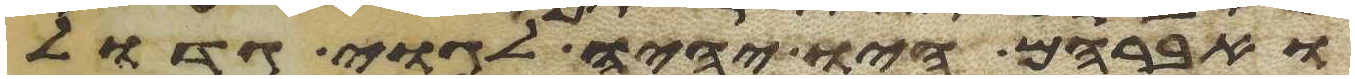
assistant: ואברהם היו יהיה לגוי גדול